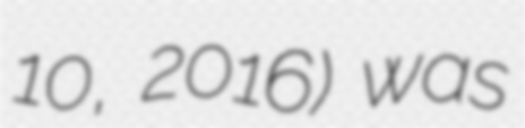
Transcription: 10, 2016) was